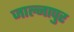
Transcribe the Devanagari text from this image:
जाल्नापुर